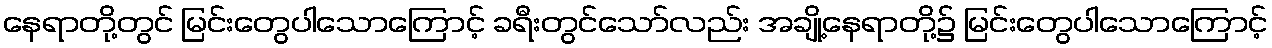
နေရာတို့တွင် မြင်းတွေပါသောကြောင့် ခရီးတွင်သော်လည်း အချို့နေရာတို့၌ မြင်းတွေပါသောကြောင့်